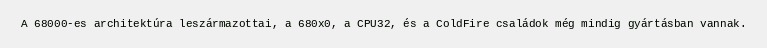
A 68000-es architektúra leszármazottai, a 680x0, a CPU32, és a ColdFire családok még mindig gyártásban vannak.